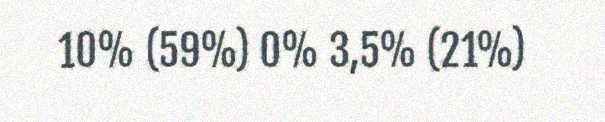
10% (59%) 0% 3,5% (21%)